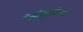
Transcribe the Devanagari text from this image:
इसोस्मोलर